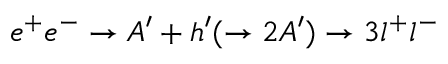
e ^ { + } e ^ { - } \rightarrow A ^ { \prime } + h ^ { \prime } ( \rightarrow 2 A ^ { \prime } ) \rightarrow 3 l ^ { + } l ^ { - }